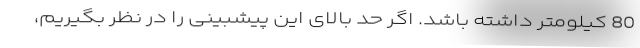
80 کیلومتر داشته باشد. اگر حد بالای این پیشبینی را در نظر بگیریم،